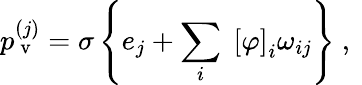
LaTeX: p_{\mathrm{~v~}}^{(j)}=\sigma\left\{ e_{j}+\sum_{i}\; \left[\varphi\right]_{i}\omega_{ij}\right\} \mathrm{~,~}